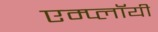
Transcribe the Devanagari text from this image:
एम्प्लॉयी